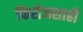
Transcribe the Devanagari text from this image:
फिरोजशाही